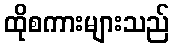
ထိုစကားများသည်